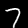
Label: 7